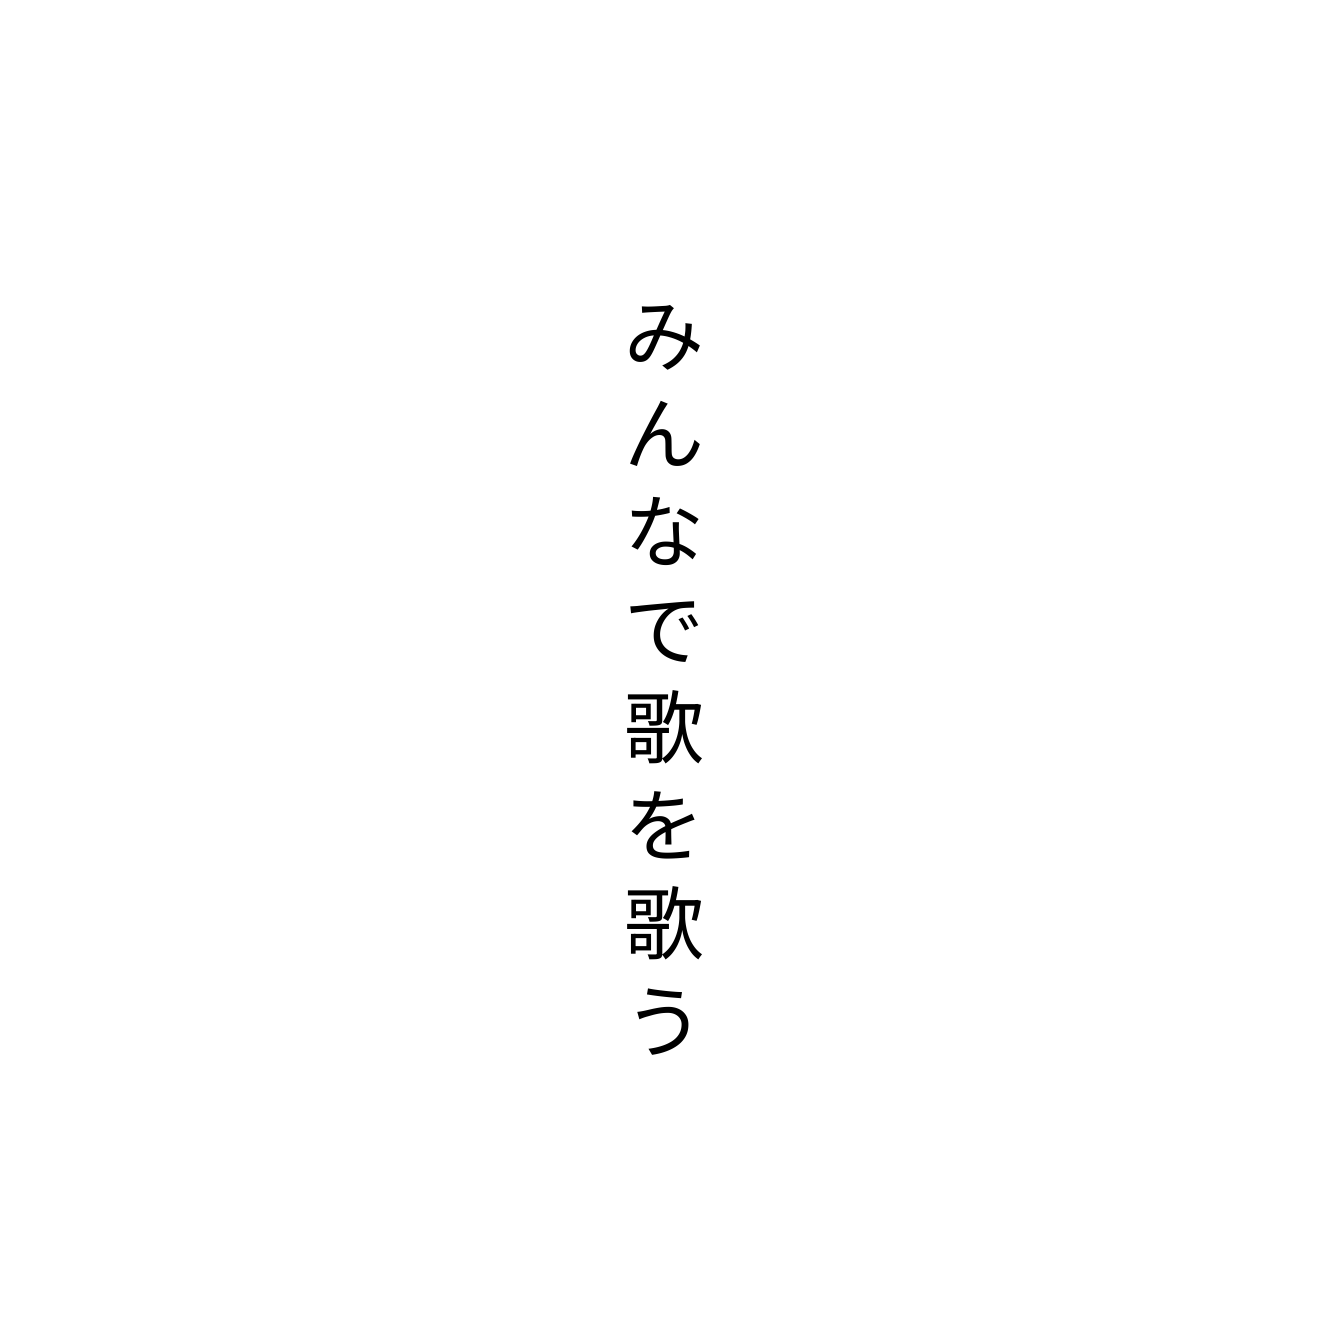
みんなで歌を歌う